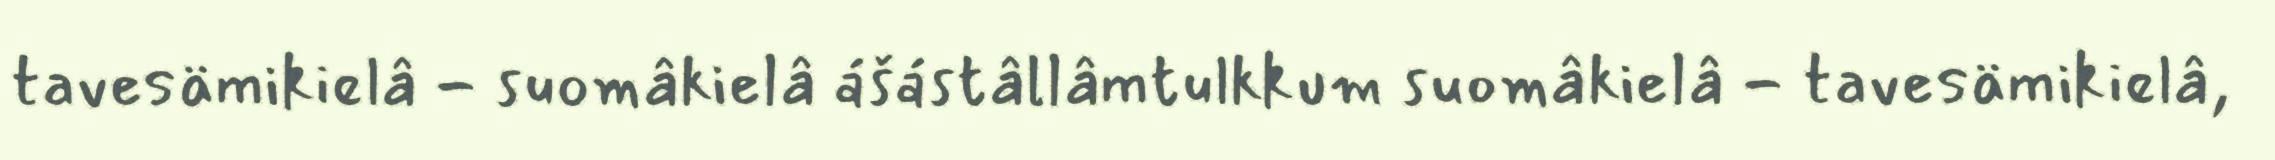
tavesämikielâ - suomâkielâ ášástâllâmtulkkum suomâkielâ - tavesämikielâ,